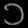
Digit: ၁